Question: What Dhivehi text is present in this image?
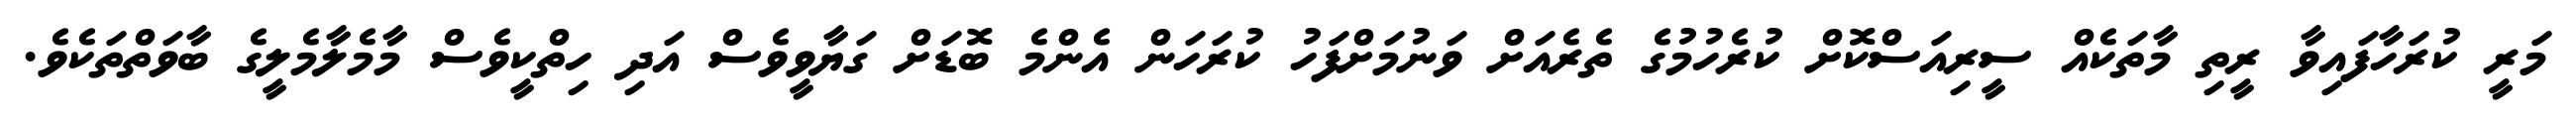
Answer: މަރީ ކުރަހާފައިވާ ރީތި މާތަކެއް ސީރިއަސްކޮށް ކުރެހުމުގެ ތެރެއަށް ވަނުމަށްފަހު ކުރަހަން އެންމެ ބޮޑަށް ގަޔާވީވެސް އަދި ހިތްކީވެސް މާމެލާމެލީގެ ބާވަތްތަކެވެ.